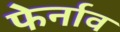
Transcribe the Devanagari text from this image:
फेर्नाव